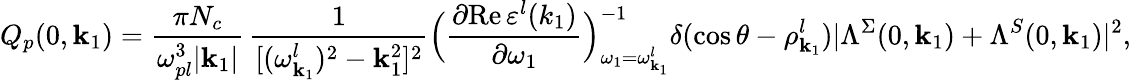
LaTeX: Q_{p}(0,{\mathbf k}_{1})=\frac{\pi N_{c}}{\omega_{pl}^{3}\vert{\mathbf k}_{1}\vert}\, \frac{1}{[(\omega_{{\mathbf k}_{1}}^{l})^{2}-{\mathbf k}_{1}^{2}]^{2}}\Big(\frac{\partial\mathrm{Re}\, \varepsilon^{l}(k_{1})}{\partial\omega_{1}}\Big)_{\omega_{1}=\omega_{{\mathbf k}_{1}}^{l}}^{-1}\delta(\cos\theta-\rho_{{\mathbf k}_{1}}^{l})\vert\Lambda^{\Sigma}(0,{\mathbf k}_{1})+\Lambda^{S}(0,{\mathbf k}_{1})\vert^{2},